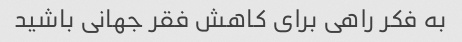
به فکر راهی برای کاهش فقر جهانی باشید